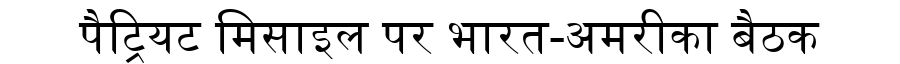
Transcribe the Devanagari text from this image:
पैट्रियट मिसाइल पर भारत-अमरीका बैठक